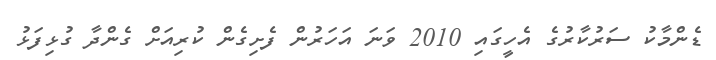
ޑެންމާކު ސަރުކާރުގެ އެހީގައި 2010 ވަނަ އަހަރުން ފެށިގެން ކުރިއަށް ގެންދާ ގުޅިފަޅު